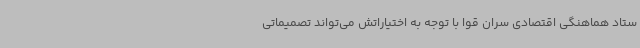
ستاد هماهنگی اقتصادی سران قوا با توجه به اختیاراتش می‌تواند تصمیماتی